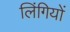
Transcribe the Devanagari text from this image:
लिंगियों